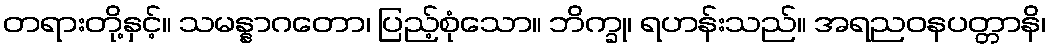
တရားတို့နှင့်။ သမန္နာဂတော၊ ပြည့်စုံသော။ ဘိက္ခု၊ ရဟန်းသည်။ အရညဝနပတ္တာနိ၊